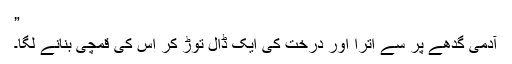
”
آدمی گدھے پر سے اترا اور درخت کی ایک ڈال توڑ کر اس کی قمچی بنانے لگا۔